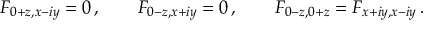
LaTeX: F _ { 0 + z , x - i y } = 0 \, , \qquad F _ { 0 - z , x + i y } = 0 \, , \qquad F _ { 0 - z , 0 + z } = F _ { x + i y , x - i y } \, .